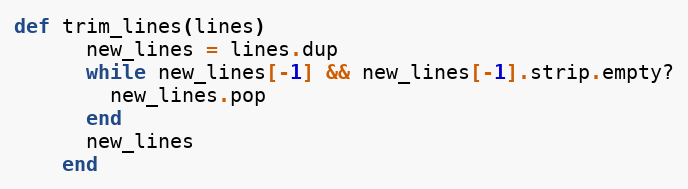
Language: Ruby
def trim_lines(lines)
      new_lines = lines.dup
      while new_lines[-1] && new_lines[-1].strip.empty?
        new_lines.pop
      end
      new_lines
    end